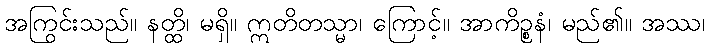
အကြွင်းသည်။ နတ္ထိ၊ မရှိ။ ဣတိတသ္မာ၊ ကြောင့်။ အာကိဉ္စနံ၊ မည်၏။ အဿ၊